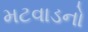
મટવાડનો